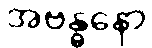
အဗန္ဓနော